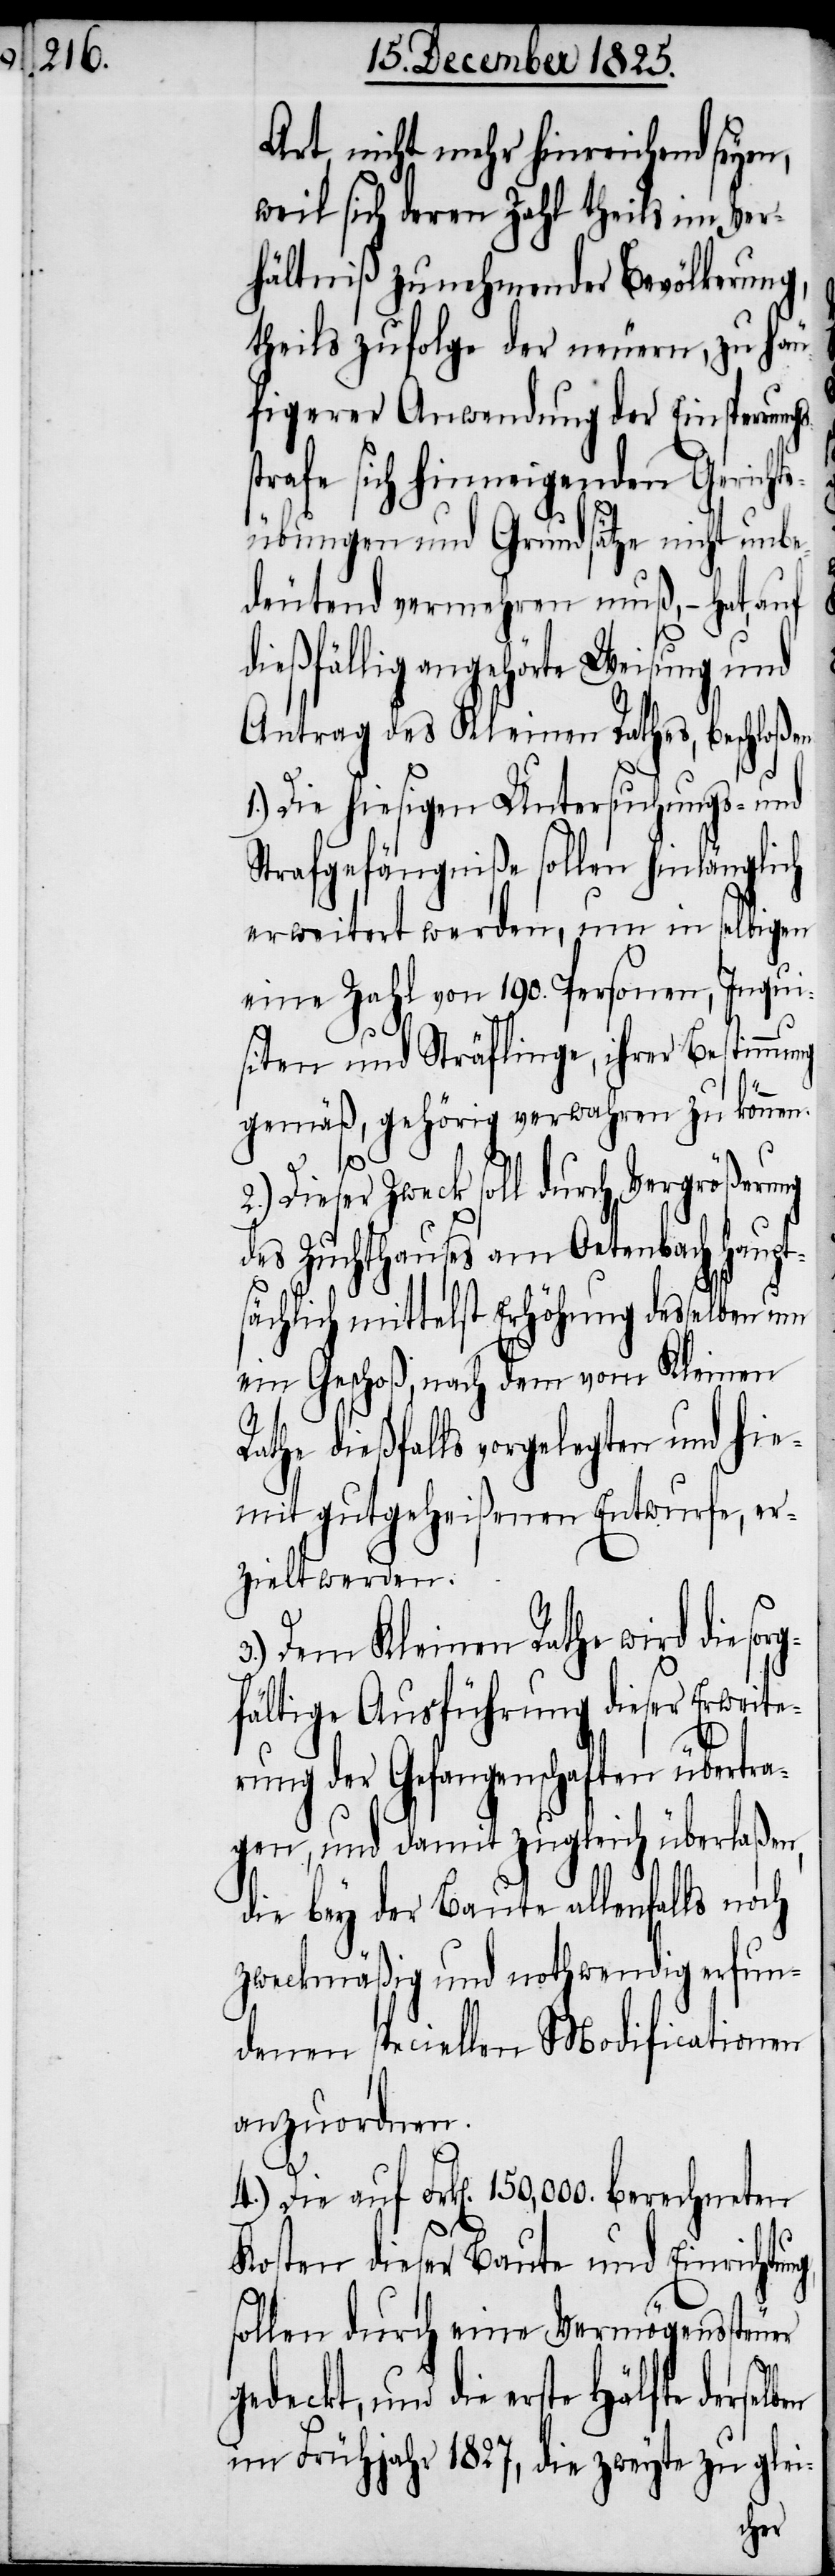
Art, nicht mehr hinreichend seyen,
weil sich deren Zahl theils im Ver¬
hältniß zunehmender Bevölkerung,
theils zufolge der neuern, zu häu¬
figerer Anwendung der Einsperrungs¬
strafe sich hinneigenden Gerichts¬
übungen und Grundsätze nicht unbe¬
deutend vermehren muß, – hat, auf
ießfällig angehörte Weisung und
Antrag des kleinen Rathes, beschloße¬
1.) Die hiesigen Untersuchungs- und
Strafgefängniße sollen hinlänglich
erweiter werden, um in selbigen
eine Zahl von 190. Personen, Inqui¬
siten und Sträflinge, ihrer Bestimmung
gemäß, gehörig verwahren zu können:
Dieser Zweck soll durch Vergrößerung
des Zuchthauses am Oetenbach haupt¬
sächlich mittelst Erhöhung desselben um
ein Geschoß, nach dem vom Kleinen
Rathe dießfalls vorgelegten und hie¬
mit gutgeheißenen Entwurfe, er¬
zielt werden.
Dem Kleinen Rathe wird die
fältige Ausführung dieser Erweite¬
rung der Gefangenschaften übertra¬
gen, und damit zugleich überlaßen,
die bey der Baute allenfalls noch
zweckmäßig und nothwendig erfun¬
denen speciellen Modificationen
anzuordnen.
4.) Die auf Frk[en]. 150,000. berechneten
Kosten dieser Baute und Einrichtu¬
sollen durch eine Vermögenssteuer
lben
gedeckt, und die erste Hälfte derse¬
im Frühjahr 1827, die zweyte zu glei-